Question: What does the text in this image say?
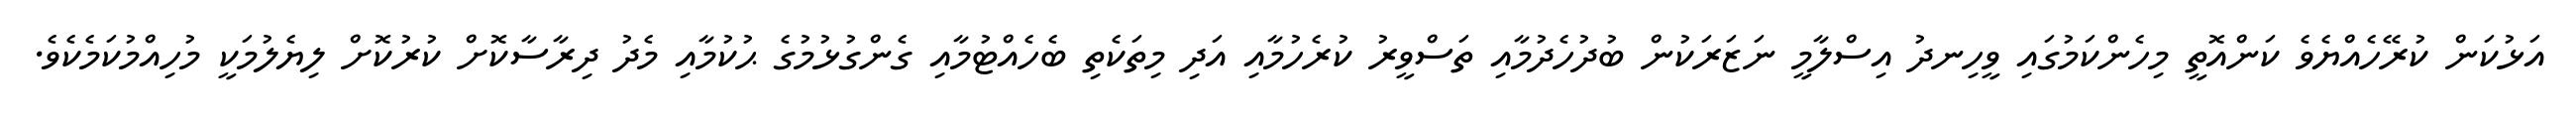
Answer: އަޅުކަން ކުރޭހެއްޔެވެ ކަންއޮތީ މިހެންކަމުގައި ވީހިނދު އިސްލާމީ ނަޒަރަކުން ބުދުހެދުމާއި ތަސްވީރު ކުރެހުމާއި އަދި މިތަކެތި ބެހެއްޓުމާއި ގެންގުޅުމުގެ ޙުކުމާއި މެދު ދިރާސާކޮށް ކުރުކޮށް ލިޔެލުމަކީ މުހިއްމުކަމެކެވެ.